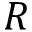
R